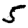
Digit: 5